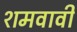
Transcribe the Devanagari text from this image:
शमवावी